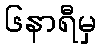
၆နာရီမှ